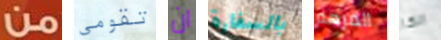
من تقومي ان بالسفارة المرهم الكا